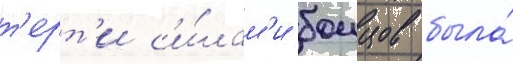
т'ерт'и с'и́лам'и боицов была́